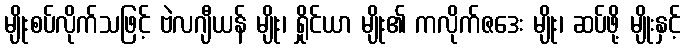
မျိုးစပ်လိုက်သဖြင့် ဗဲလဂျီယန် မျိုး၊ ရှိုင်ယာ မျိုး၏ ကလိုက်ဇဒေး မျိုး၊ ဆပ်ဖို့ မျိုးနှင့်